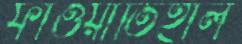
ফাওয়াতিহাল